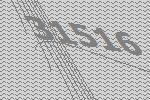
31516